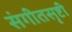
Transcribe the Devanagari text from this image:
संगीतसृष्टी